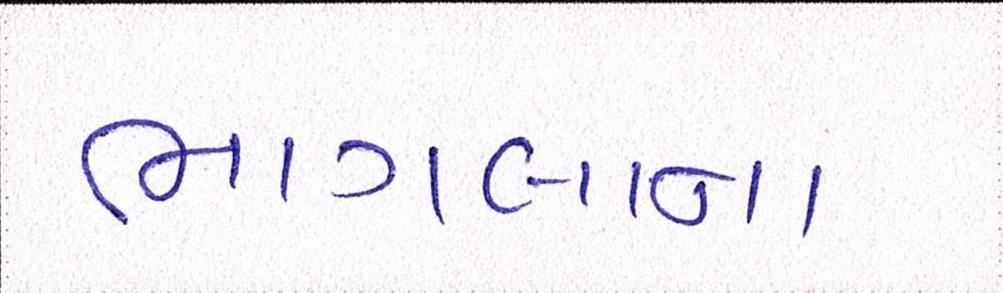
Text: ભાગલાના